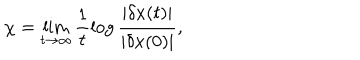
\chi = \lim _ { t \to \infty } \frac { 1 } { t } \log \frac { | \delta x ( t ) | } { | \delta x ( 0 ) | } ,